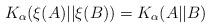
LaTeX: \begin{align*}K_\alpha(\xi (A)|| \xi(B))=K_\alpha (A||B)\end{align*}